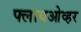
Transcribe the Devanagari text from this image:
फ्लायओव्हर